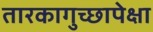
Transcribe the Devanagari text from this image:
तारकागुच्छापेक्षा